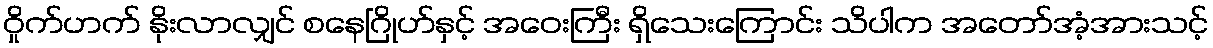
ဝှိုက်ဟက် နိုးလာလျှင် စနေဂြိုဟ်နှင့် အဝေးကြီး ရှိသေးကြောင်း သိပါက အတော်အံ့အားသင့်